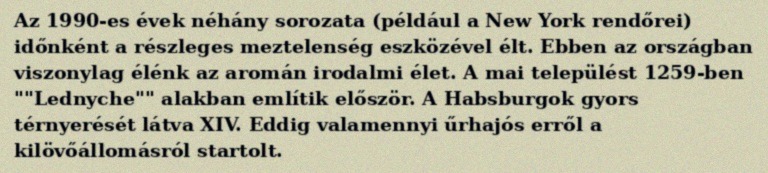
Az 1990-es évek néhány sorozata (például a New York rendőrei) időnként a részleges meztelenség eszközével élt. Ebben az országban viszonylag élénk az aromán irodalmi élet. A mai települést 1259-ben ""Lednyche"" alakban említik először. A Habsburgok gyors térnyerését látva XIV. Eddig valamennyi űrhajós erről a kilövőállomásról startolt.